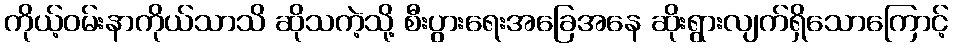
ကိုယ့်ဝမ်းနာကိုယ်သာသိ ဆိုသကဲ့သို့ စီးပွားရေးအခြေအနေ ဆိုးရွားလျက်ရှိသောကြောင့်